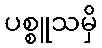
ပစ္စူသမှိ